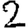
Digit: 2